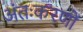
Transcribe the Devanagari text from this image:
अंतःकरणों